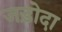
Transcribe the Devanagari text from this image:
जड़ोदा